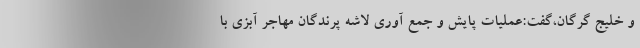
و خلیج گرگان،گفت:عملیات پایش و جمع آوری لاشه پرندگان مهاجر آبزی با